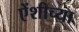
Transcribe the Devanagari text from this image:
एेंशीच्या